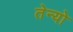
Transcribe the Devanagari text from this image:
तेन्यो